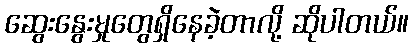
ဆွေးနွေးမှုတွေရှိနေခဲ့တာလို့ ဆိုပါတယ်။